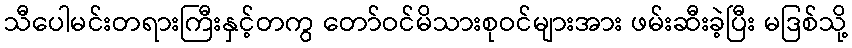
သီပေါမင်းတရားကြီးနှင့်တကွ တော်ဝင်မိသားစုဝင်များအား ဖမ်းဆီးခဲ့ပြီး မဒြစ်သို့